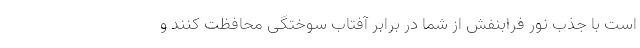
است با جذب نور فرابنفش از شما در برابر آفتاب سوختگی محافظت کنند و